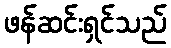
ဖန်ဆင်းရှင်သည်